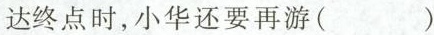
达终点时，小华还要再游()